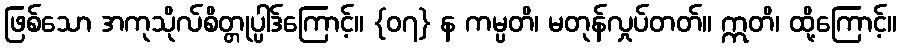
ဖြစ်သော အကုသိုလ်စိတ္တုပ္ပါဒ်ကြောင့်။ {၀၇} န ကမ္ပတိ၊ မတုန်လှုပ်တတ်။ ဣတိ၊ ထို့ကြောင့်။